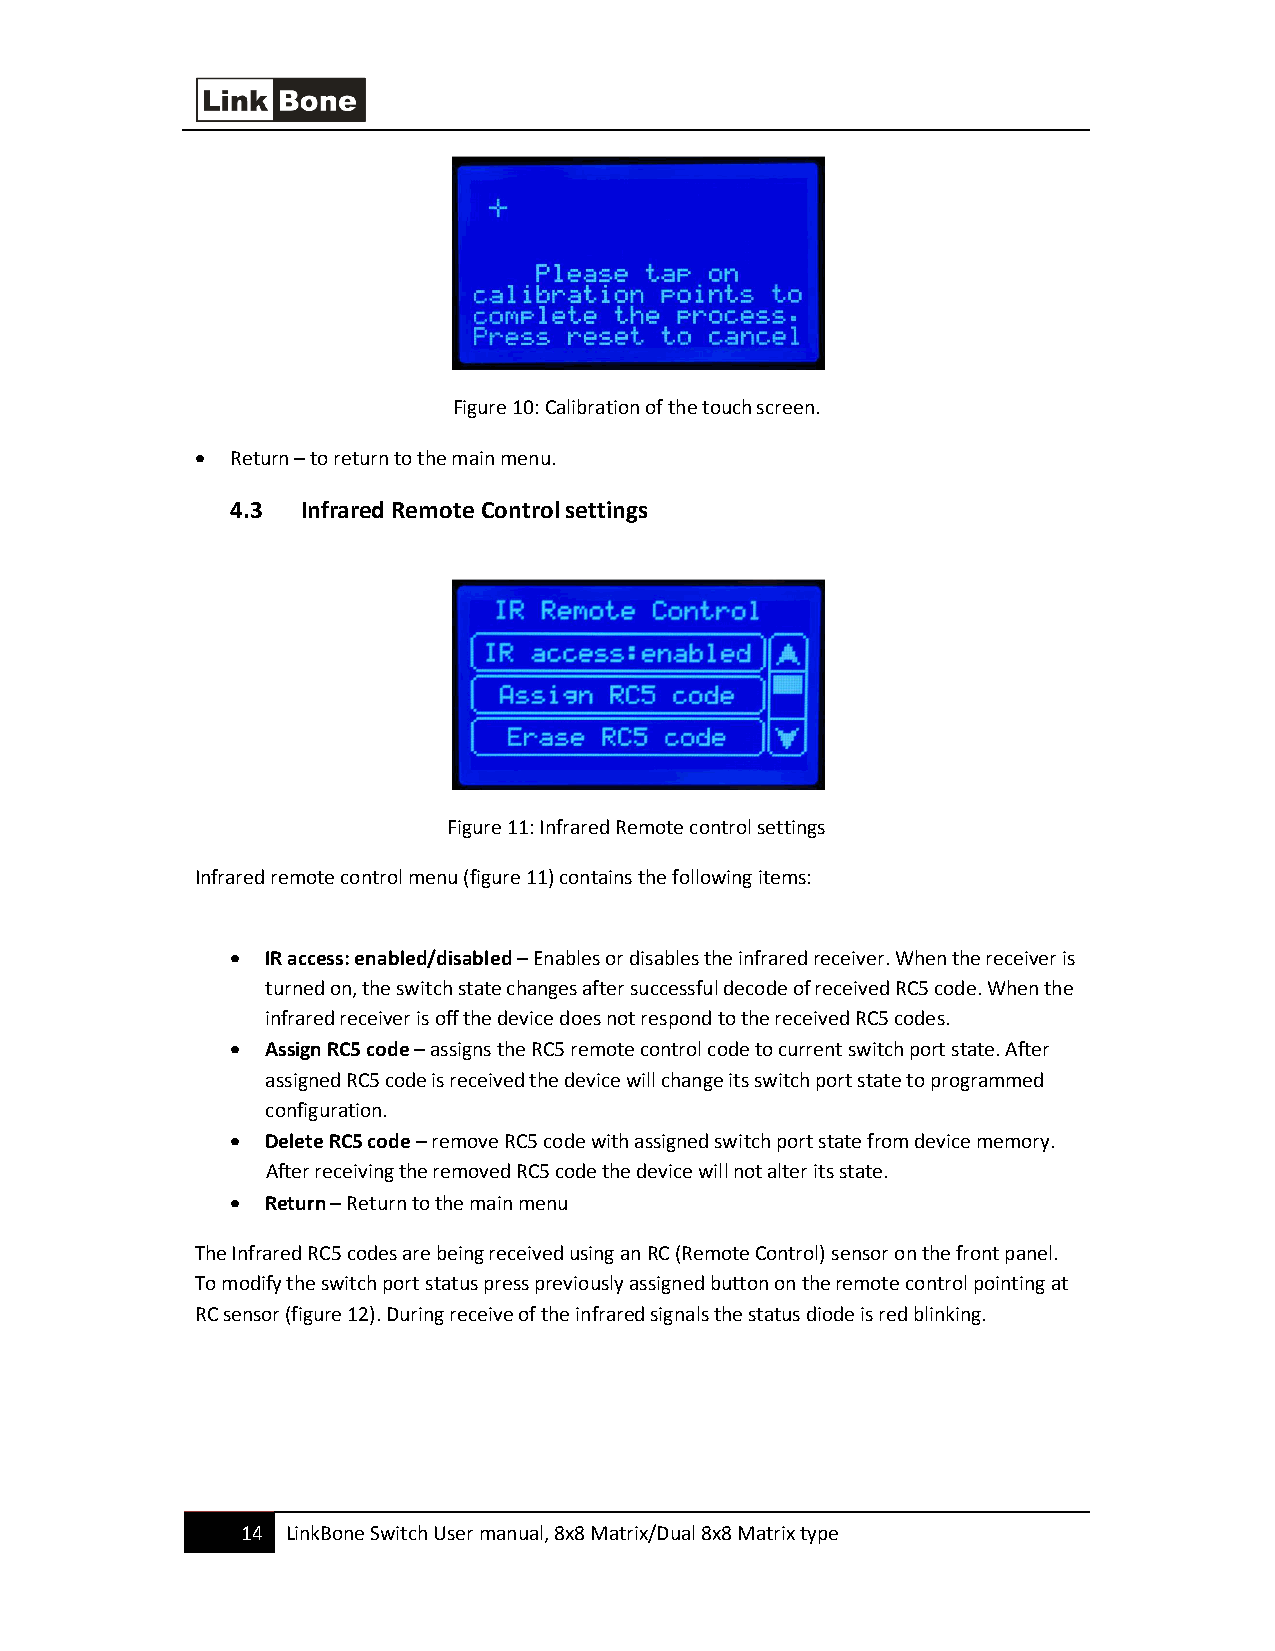
Figure 10: Calibration of the touch screen.
 • Return – to return to the main menu.
 4.3  Infrared Remote Control settings
 Figure 11: Infrared Remote control settings
 Infrared remote control menu (figure 11) contains the following items:
 •  IR access: enabled/disabled – Enables or disables the infrared receiver. When the receiver is
 turned on, the switch state changes after successful decode of received RC5 code. When the
 infrared receiver is off the device does not respond to the received RC5 codes.
 •  Assign RC5 code – assigns the RC5 remote control code to current switch port state. After
 assigned RC5 code is received the device will change its switch port state to programmed
 configuration.
 •  Delete RC5 code – remove RC5 code with assigned switch port state from device memory.
 After receiving the removed RC5 code the device will not alter its state.
 •  Return – Return to the main menu
 The Infrared RC5 codes are being received using an RC (Remote Control) sensor on the front panel.
 To modify the switch port status press previously assigned button on the remote control pointing at
 RC sensor (figure 12). During receive of the infrared signals the status diode is red blinking.
 14 LinkBone Switch User manual, 8x8 Matrix/Dual 8x8 Matrix type